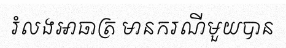
រំលងអាធាត្រ មានករណីមួយបាន